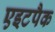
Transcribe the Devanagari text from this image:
एइटपैक